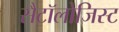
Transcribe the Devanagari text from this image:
सैंटॉलोजिस्ट